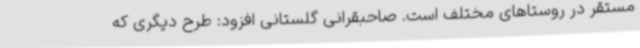
مستقر در روستاهای مختلف است. صاحبقرانی گلستانی افزود: طرح دیگری که